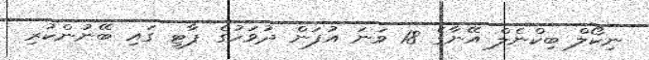
ނިކޯލް ބިކްނެލް އޭނާގެ 18 ވަނަ އުފަން ދުވަހުގެ ޕާޓީ ގައި ބޭނުންކުރި